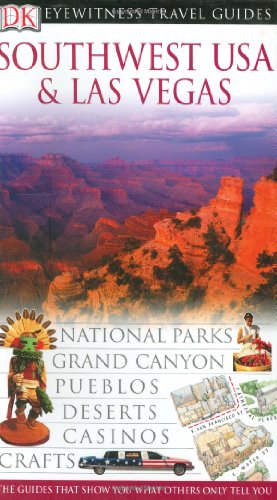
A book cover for Southwest USA & Las Vegas (Eyewitness Travel Guides); DK Publishing; Travel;